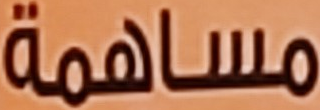
مساهمة